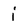
Character: j